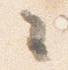
々